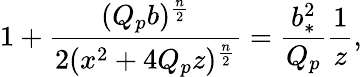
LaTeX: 1+{\frac{(Q_{p}b)^{\frac{n}{2}}}{2(x^{2}+4Q_{p}z)^{\frac{n}{2}}}}={\frac{b_{*}^{2}}{Q_{p}}}{\frac{1}{z}},